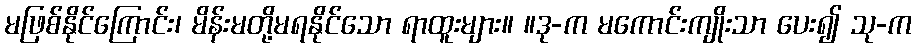
မဖြစ်နိုင်ကြောင်း၊ မိန်းမတို့မရနိုင်သော ရာထူးများ။ ။ဒု-က မကောင်းကျိုးသာ ပေး၍ သု-က